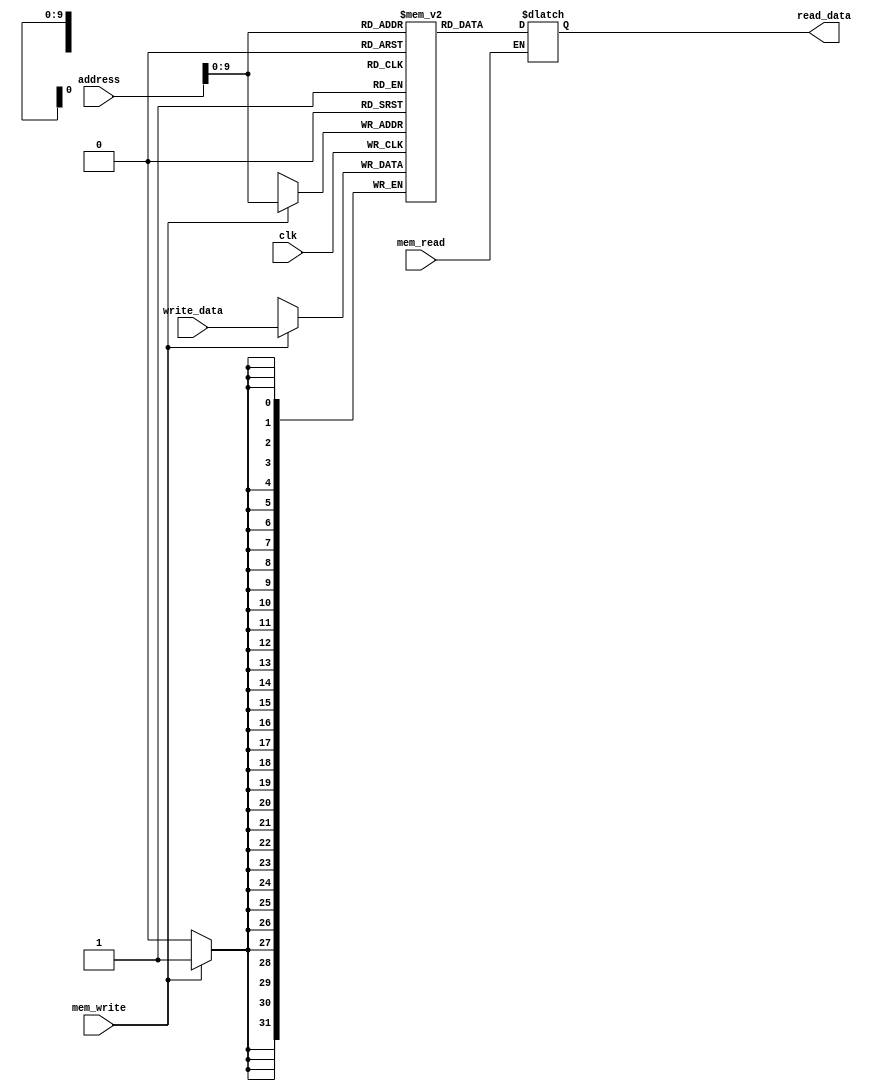
`timescale 1ns / 1ps
//////////////////////////////////////////////////////////////////////////////////
// Company: 
// Engineer: 
// 
// Design Name: 
// Module Name: data_memory
// Project Name: 
// Target Devices: 
// Tool Versions: 
// Description: 
// 
// Dependencies: 
// 
// Revision:
// Revision 0.01 - File Created
// Additional Comments:
// 
//////////////////////////////////////////////////////////////////////////////////


module data_memory(
    input clk,       
    input mem_read,
    input mem_write,
    input [31:0] address,
    input [31:0] write_data,
    output reg [31:0] read_data
);
    reg [31:0] memory [0:1023];
    integer i;
    
    initial
    begin
        for (i = 0; i < 1024; i = i + 1)
        begin
            memory[i] = 32'b0;
        end
    end
    
    always@(mem_read, address)
    begin
        if (mem_read)
        begin
            read_data = memory[address];
        end
    end
    
    always@(posedge clk)
    begin
        if (mem_write)
        begin
            memory[address] <= write_data;
        end
    end
endmodule